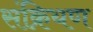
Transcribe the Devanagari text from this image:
संक्रियण